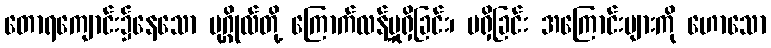
တောရကျောင်း၌နေသော ပုဂ္ဂိုလ်တို့ ကြောက်လန့်မှုရှိခြင်း၊ မရှိခြင်း အကြောင်းများကို ဟောသော